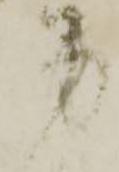
労